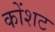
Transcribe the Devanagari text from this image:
कोंशट